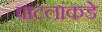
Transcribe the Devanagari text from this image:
पाटलांकडे